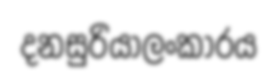
දනසුරියාලංකාරය